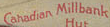
Canadian Millbank